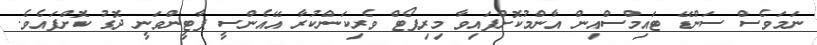
ނަމަވެސް ސަންޑޭ ޓައިމްސްއިން އާންމުކޮށްފައިވާ މިރިޕޯޓް ވެރިކަންކުރާ އޭއެންސީ ޕާޓީންވަނީ ދޮގު ކޮށްފައެވެ.